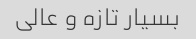
بسیار تازه و عالی